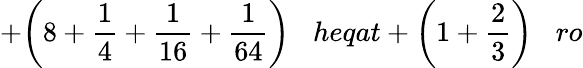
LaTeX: +{\bigg(}8+{\frac{1}{4}}+{\frac{1}{16}}+{\frac{1}{64}}{\bigg)}\; \; \; heqat+{\bigg(}1+{\frac{2}{3}}{\bigg)}\; \; \; ro